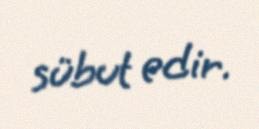
sübut edir.